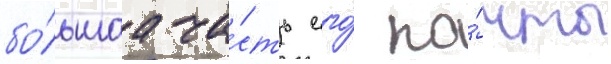
бо́льшаа ча́сть его́ по́чты